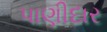
પાણીદાર